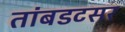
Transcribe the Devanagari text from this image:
तांबडटसर